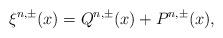
LaTeX: \begin{align*} \xi^{n,\pm}(x) = Q^{n,\pm}(x) + P^{n,\pm}(x), \end{align*}